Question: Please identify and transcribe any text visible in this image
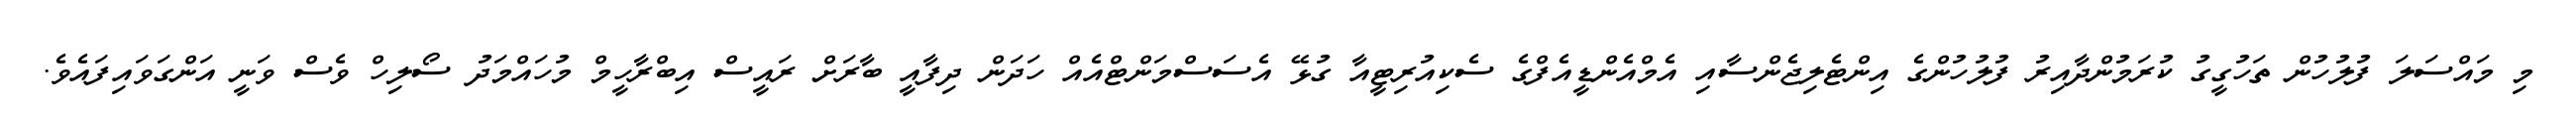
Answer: މި މައްސަލަ ފުލުހުން ތަހުގީގު ކުރަމުންދާއިރު ފުލުހުންގެ އިންޓެލިޖެންސާއި އެމްއެންޑީއެފްގެ ސެކިއުރިޓީއާ ގުޅޭ އެސަސްމަންޓްއެއް ހަދަން ދިފާއީ ބާރަށް ރައީސް އިބްރާހީމް މުހައްމަދު ސޯލިހް ވެސް ވަނީ އަންގަވައިފައެވެ.